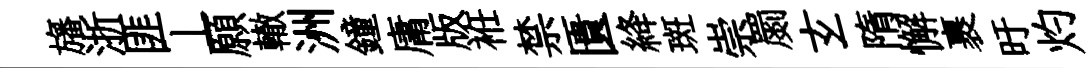
旛浙匪丄願轍洲鐘庸版袵禁匱絳斑崇罽𤣥隋懈裹旴灼